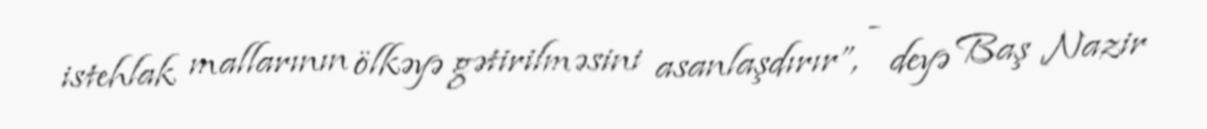
istehlak mallarının ölkəyə gətirilməsini asanlaşdırır”, - deyə Baş Nazir